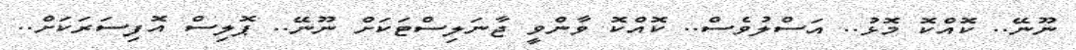
ނޫނޭ.. ކޮއްކޮ މޮޅު.. އަސްލުވެސް.. ކޮއްކޮ ވާންވީ ޖާނަލިސްޓަކަށް ނޫނޭ.. ޕޮލިސް އޮފިސަރަކަށް..